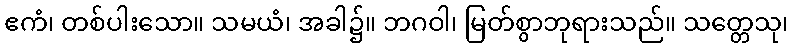
ဧကံ၊ တစ်ပါးသော။ သမယံ၊ အခါ၌။ ဘဂဝါ၊ မြတ်စွာဘုရားသည်။ သတ္တေသု၊